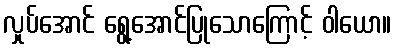
လှုပ်အောင် ရွေ့အောင်ပြုသောကြောင့် ဝါယော။